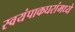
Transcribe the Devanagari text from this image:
स्वयंपाकघरांमध्ये